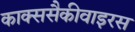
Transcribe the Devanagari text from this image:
काक्ससैकीवाइरस